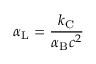
\alpha _ { \mathrm { { L } } } = { \frac { k _ { \mathrm { { C } } } } { \alpha _ { \mathrm { { B } } } c ^ { 2 } } }